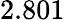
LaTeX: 2.801